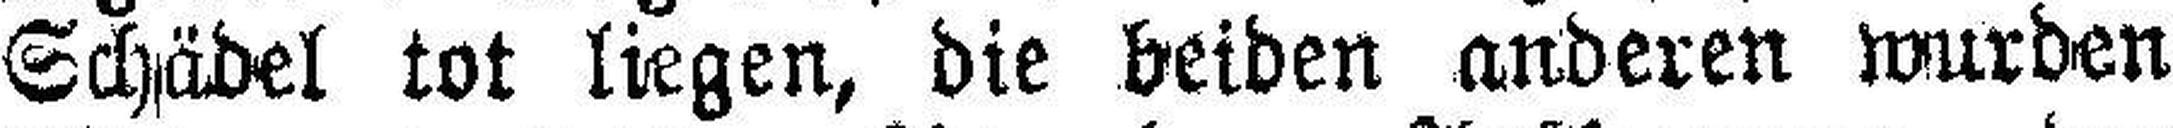
Schädel tot liegen, die beiden anderen wurden